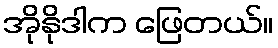
အိုနိုဒါက ဖြေတယ်။